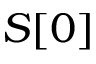
S [ 0 ]